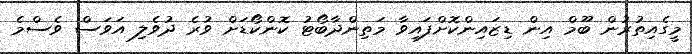
މީގެއިތުރުން ބޫމް އިން ޑިޒައިންކޮށްފައިވާ މަތިންދާބޯޓު ކޮންކޯޑަށް ވުރެ ދުވެލި އަވަސް ވެސްމެ